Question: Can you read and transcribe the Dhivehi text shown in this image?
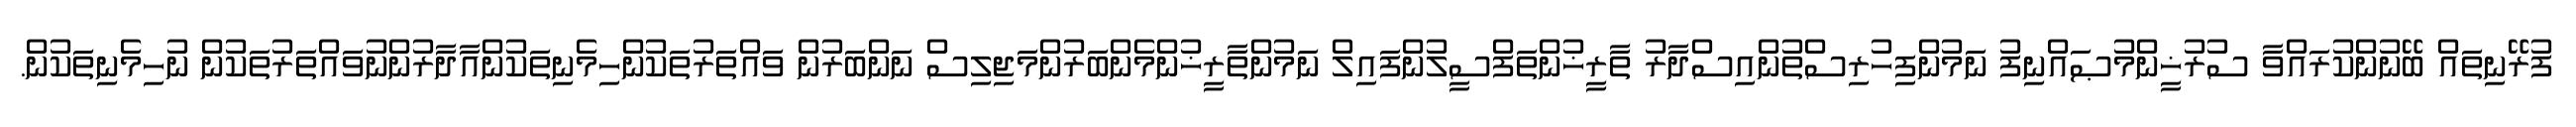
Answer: ފުރޭނިތައް ބޭނުންކުރައްވާ ސުރުޚީންމުޞައްނިފު ނަމުންފިހުރިސްތުންއިސްދާރު ތާރީޚުންތަފްސީލުންފައިލް ނަމުންތާރީޚުންމެންބަރުންމަޖިލިސް ނަންބަރުން ވައްތަރުތަކުންހިމެނިތަކުންއާދާރުންނުވައްތަރުތަކުން ނުހިމެނިތަކުން.